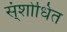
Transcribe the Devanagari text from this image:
स्ंशोधित